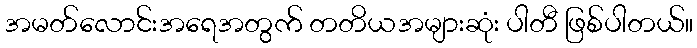
အမတ်လောင်းအရေအတွက် တတိယအများဆုံး ပါတီ ဖြစ်ပါတယ်။